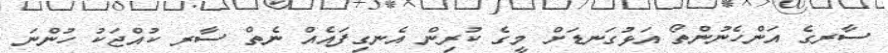
ސާރގެ އަންހެނުންތޯ އަޅުގަނޑަށް މީގެ ކުރިން އެނގިފައެއް ނެތް ސާރ ކުއްޖަކު ހުންނަ